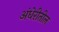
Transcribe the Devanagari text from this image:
अंधेरीतील